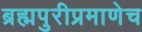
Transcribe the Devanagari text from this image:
ब्रह्मपुरीप्रमाणेच